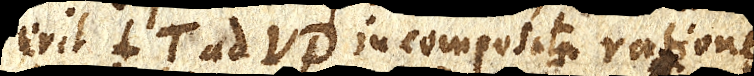
erit LT ad VD in composita ratione